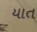
યાત